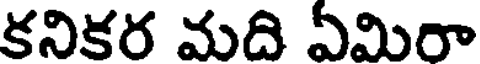
కనికర మది ఏమిరా